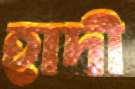
হাদী